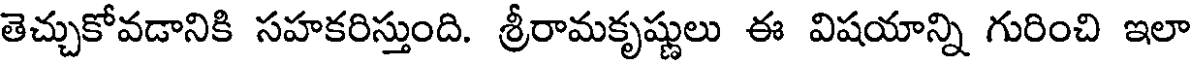
తెచ్చుకోవడానికి సహకరిస్తుంది. శ్రీరామకృష్ణులు ఈ విషయాన్ని గురించి ఇలా